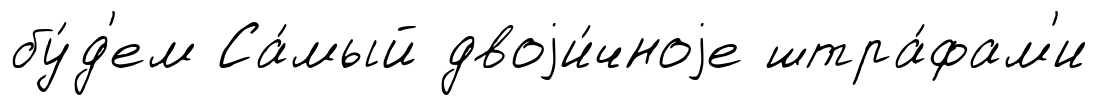
бу́д'ем Са́мый двоjи́чноjе штра́фам'и